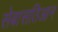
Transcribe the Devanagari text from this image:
सेबासतिआन